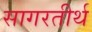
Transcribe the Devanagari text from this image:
सागरतीर्थ